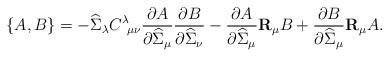
LaTeX: \begin{align*}\left\{ A,B\right\} =-\widehat{\Sigma}_{\lambda}C^{\lambda}\!_{\mu\nu}\frac{\partial A}{\partial\widehat{\Sigma}_{\mu}}\frac{\partial B}{\partial\widehat{\Sigma}_{\nu}}-\frac{\partial A}{\partial\widehat{\Sigma}_{\mu}}\mathbf{R}_{\mu}B+\frac{\partial B}{\partial\widehat{\Sigma}_{\mu}}\mathbf{R}_{\mu}A.\end{align*}